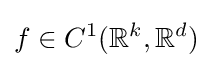
f\in C^{1}(\mathbb {R} ^{k},\mathbb {R} ^{d})